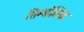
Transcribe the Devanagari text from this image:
सिम्बॉलिक